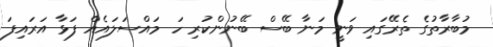
މުބާރާތުގެ ތެރޭގައި ވަނީ މަނާ ބޭސް ބޭނުންކުރި ހަ މައްސަލައެއް ފަޅާ އަރައިފަ